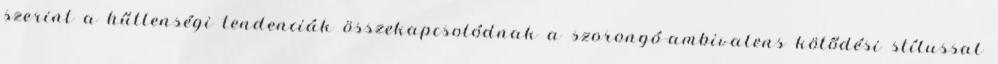
szerint a hűtlenségi tendenciák összekapcsolódnak a szorongó-ambivalens kötődési stílussal